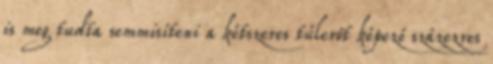
is meg tudta semmisíteni a kétszeres túlerőt képező százezres